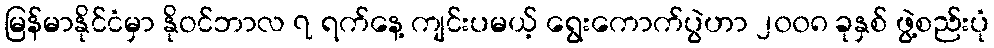
မြန်မာနိုင်ငံမှာ နိုဝင်ဘာလ ၇ ရက်နေ့ ကျင်းပမယ့် ရွေးကောက်ပွဲဟာ ၂၀၀၈ ခုနှစ် ဖွဲ့စည်းပုံ